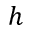
h